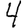
Digit: 4